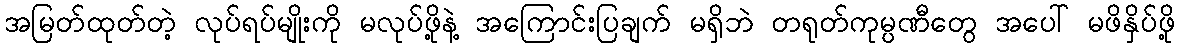
အမြတ်ထုတ်တဲ့ လုပ်ရပ်မျိုးကို မလုပ်ဖို့နဲ့ အကြောင်းပြချက် မရှိဘဲ တရုတ်ကုမ္ပဏီတွေ အပေါ် မဖိနှိပ်ဖို့